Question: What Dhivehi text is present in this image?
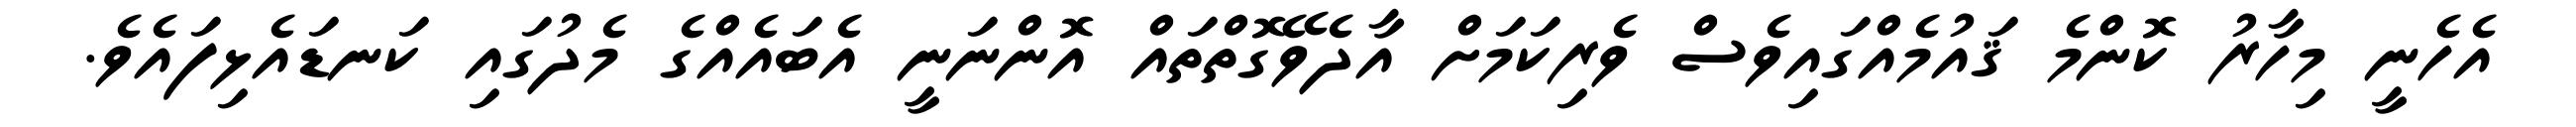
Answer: އެހެނީ މިހާރު ކޮންމެ ޤައުމެއްގައިވެސް ވެރިކަމަށް އާދެވޭގޮތްތައް އޮންނަނީ އެބައެއްގެ މެދުގައި ކަނޑައެޅިފައެވެ.